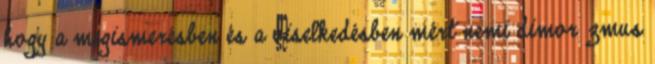
hogy a megismerésben és a viselkedésben mért nemi dimorﬁzmus